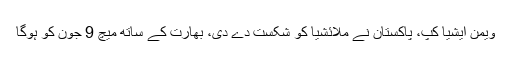
ویمن ایشیا کپ، پاکستان نے ملائشیا کو شکست دے دی، بھارت کے ساتھ میچ 9 جون کو ہوگا